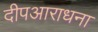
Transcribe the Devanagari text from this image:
दीपआराधना